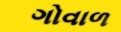
ગોવાળ